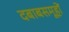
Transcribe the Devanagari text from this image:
दबाबसमूहों